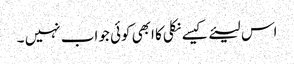
اس لیئے کیسے نکلی کا ابھی کوئی جواب نہیں ۔